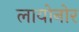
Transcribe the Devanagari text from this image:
लायोनोर